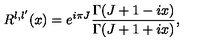
R ^ { l , l ^ { \prime } } ( x ) = e ^ { i \pi J } \frac { \Gamma ( J + 1 - i x ) } { \Gamma ( J + 1 + i x ) } ,